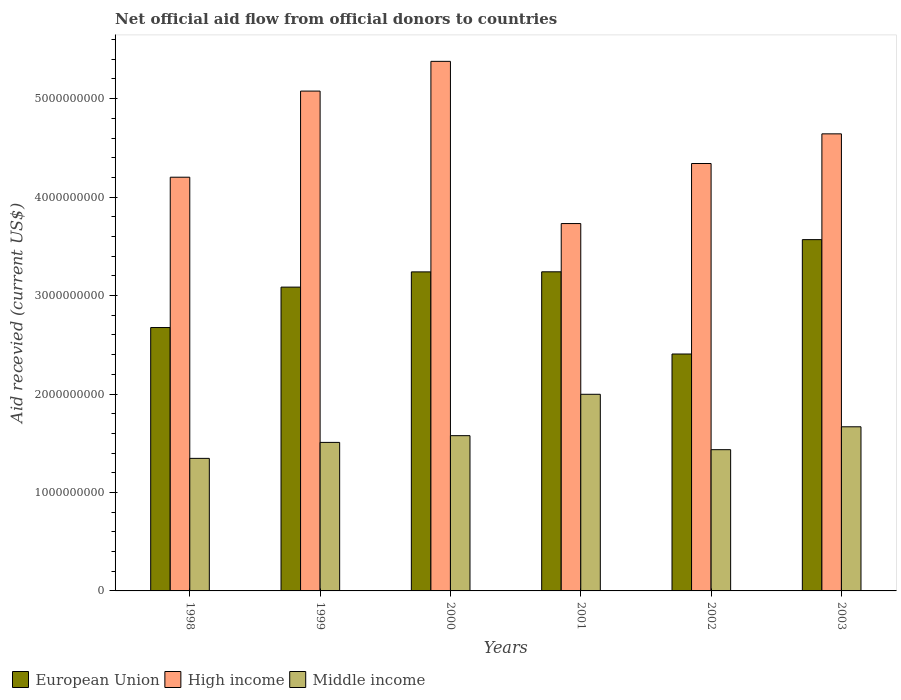
| Years | European Union | High income | Middle income |
 | --- | --- | --- | --- |
 | 1998 | 2.68e+09 | 4.2e+09 | 1.35e+09 |
 | 1999 | 3.09e+09 | 5.08e+09 | 1.51e+09 |
 | 2000 | 3.24e+09 | 5.38e+09 | 1.58e+09 |
 | 2001 | 3.24e+09 | 3.73e+09 | 2e+09 |
 | 2002 | 2.41e+09 | 4.34e+09 | 1.43e+09 |
 | 2003 | 3.57e+09 | 4.64e+09 | 1.67e+09 |